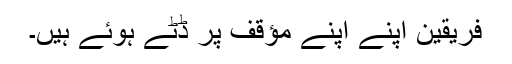
فریقین اپنے اپنے مؤقف پر ڈٹے ہوئے ہیں۔